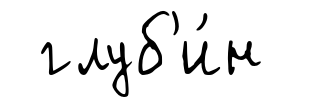
глуб'и́н